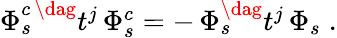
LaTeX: \begin{array}{r}{\Phi_{s}^{c\, \dag}t^{j}\, \Phi_{s}^{c}=-\, \Phi_{s}^{\dag}t^{j}\, \Phi_{s}\; .}\end{array}